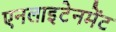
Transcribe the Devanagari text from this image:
एनलाइटेनमेंट